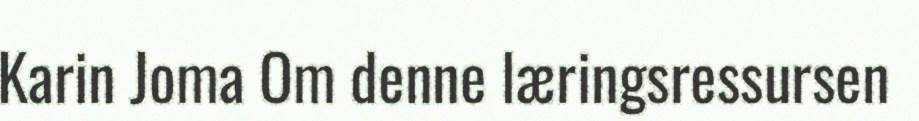
Karin Joma Om denne læringsressursen